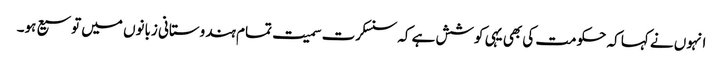
انہوں نے کہا کہ حکومت کی بھی یہی کوشش ہے کہ سنسکرت سمیت تمام ہندوستانی زبانوں میں توسیع ہو۔